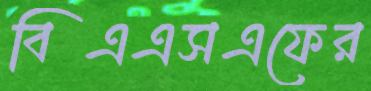
বিএএসএফের